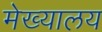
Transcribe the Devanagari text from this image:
मेख्यालय